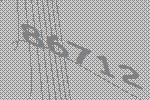
86712